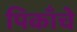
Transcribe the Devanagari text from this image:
पिकाँचे